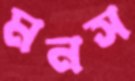
মনস